Annual report of the Madras Medical College
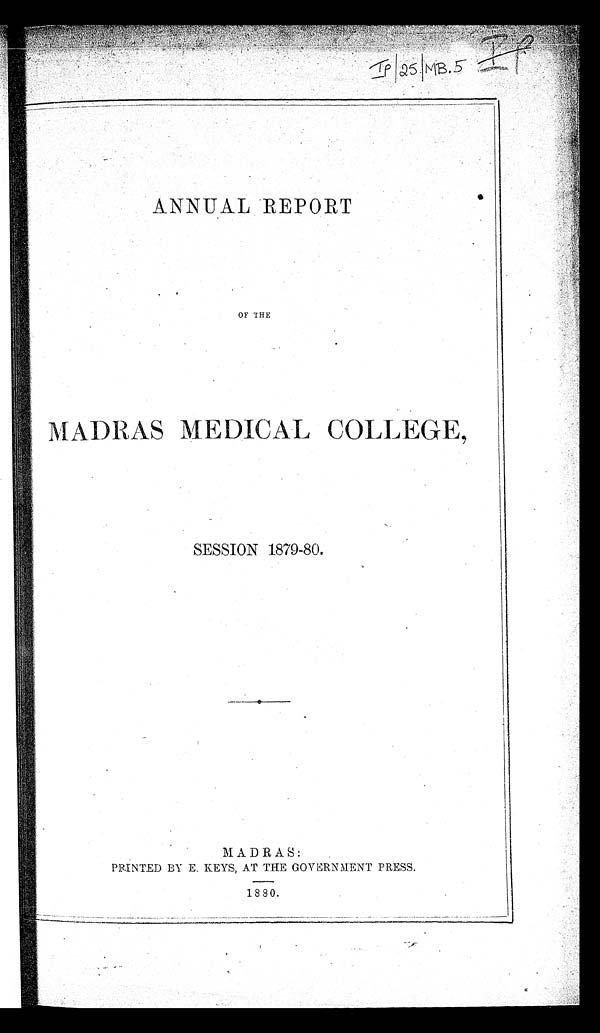
ANNUAL REPORT
OF THE
MADRAS MEDICAL COLLEGE,
SESSION 1879-80.
MADRAS:
PRINTED BY E. KEYS, AT THE GOVERNMENT PRESS.
1880.